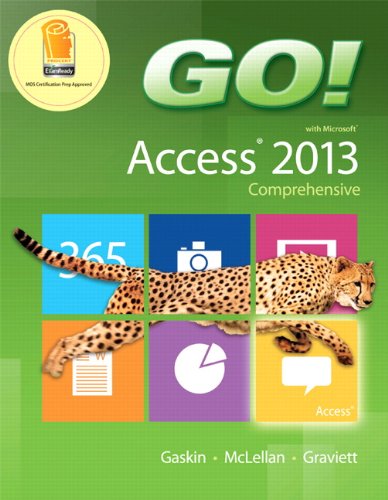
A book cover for GO! with Microsoft Access 2013 Comprehensive; Shelley Gaskin; Computers & Technology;